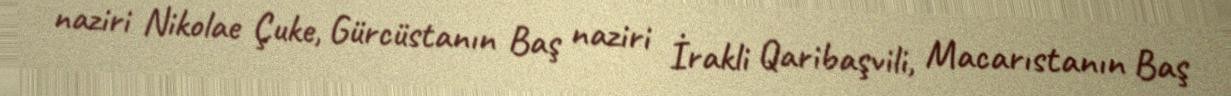
naziri Nikolae Çuke, Gürcüstanın Baş naziri İrakli Qaribaşvili, Macarıstanın Baş